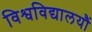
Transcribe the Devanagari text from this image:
विश्वविद्यालयौं